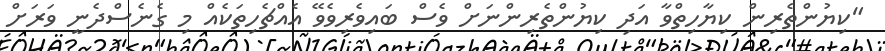
"ކިޔުންތެރިން ކިޔާހިތްވާ އަދި ކިޔުންތެރިންނަށް ވެސް ބައިވެރިވެވޭ އެއްޗެހިތަކެއް މި ގެނެސްދެނީ ވަރަށް